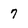
Character: 7